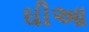
ઘીઆ